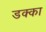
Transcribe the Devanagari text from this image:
डक्का